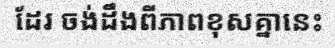
ដែរ ចង់ដឹងពីភាពខុសគ្នានេះ